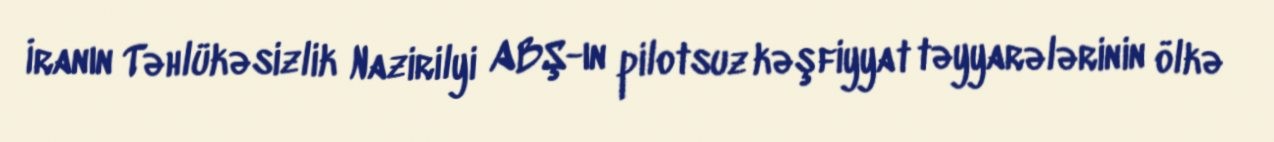
İranın Təhlükəsizlik Nazirilyi ABŞ-ın pilotsuz kəşfiyyat təyyarələrinin ölkə